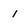
Character: 1